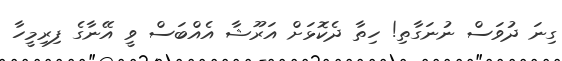
ގިނަ ދުވަސް ނުނަގާތި! ހިތާ ދެކޮޅަށް އަރޫޝާ އެއްބަސް ވީ އޭނާގެ ފިރިމީހާ